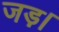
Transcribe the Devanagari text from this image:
जड़।